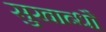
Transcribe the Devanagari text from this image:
सुखाब्धौ